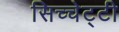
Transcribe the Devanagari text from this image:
सिच्चेट्टी